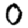
Digit: 0